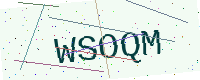
Text: WSOQM